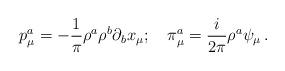
LaTeX: \begin{align*}p_{\mu} ^a = - \frac {1} {\pi} \rho^a \rho^b \partial_b x_ {\mu};\quad\pi_{\mu} ^a = \frac {i} {2 \pi} \rho^a \psi_ {\mu} \,.\end{align*}